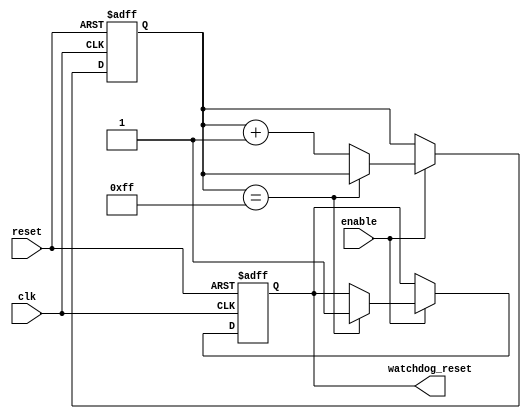
module watchdog_timer (
    input wire clk, // System clock
    input wire reset, // Reset signal
    input wire enable, // Watchdog timer enable signal
    output reg watchdog_reset // System reset signal triggered by watchdog timer
);

reg [7:0] counter; // 8-bit counter to monitor timing
parameter TIMEOUT_VALUE = 8'hFF; // Timeout value for watchdog timer

always @ (posedge clk or posedge reset) begin
    if (reset) begin
        counter <= 8'b0; // Reset counter on system reset
        watchdog_reset <= 1'b0; // Reset system reset signal
    end else if (enable) begin
        if (counter == TIMEOUT_VALUE) begin
            watchdog_reset <= 1'b1; // Trigger system reset signal
        end else begin
            counter <= counter + 1; // Increment counter if not at timeout value
        end
    end
end

endmodule